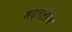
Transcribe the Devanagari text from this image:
मदतलाल